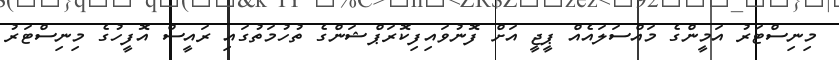
މިނިސްޓަރު އަމީންގެ މައްސަލައެއް ޕީޖީ އަށް ފޮނުވައިފިކޮރަޕްޝަންގެ ތުހުމަތުގައި ރައީސް އޮފީހުގެ މިނިސްޓަރު